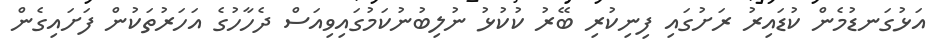
އަޅުގަނޑުމެން ކުޑައިރު ރަށުގައި ފިނިކުރި ބޭރު ކުކުޅު ނުލިބުނުކަމުގައިވިއަސް ދެހާހުގެ އަހަރުތަކުން ފަށައިގެން